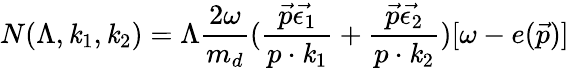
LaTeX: N(\Lambda,\mathit{k}_{1},\mathit{k}_{2})=\Lambda\frac{{2\omega}}{{m_{d}}}(\frac{{\vec{{p}}\vec{{\epsilon_{1}}}}}{{p\cdot\mathit{k}_{1}}}+\frac{{\vec{{p}}\vec{{\epsilon_{2}}}}}{{p\cdot\mathit{k}_{2}}})[\omega-e(\vec{{p}})]